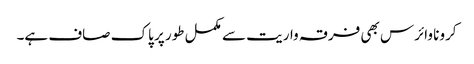
کرونا وائرس بھی فرقہ واریت سے مکمل طور پر پاک صاف ہے۔